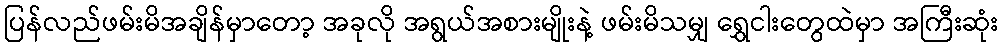
ပြန်လည်ဖမ်းမိအချိန်မှာတော့ အခုလို အရွယ်အစားမျိုးနဲ့ ဖမ်းမိသမျှ ရွှေငါးတွေထဲမှာ အကြီးဆုံး